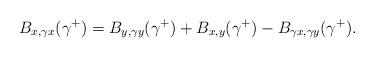
LaTeX: \begin{align*} B_{x,\gamma x}(\gamma^+)=B_{y,\gamma y}(\gamma^+)+B_{x,y}(\gamma^+) -B_{\gamma x,\gamma y}(\gamma^+).\end{align*}